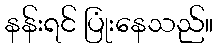
နန်းရင် ပြုံးနေသည်။